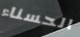
الحسناء